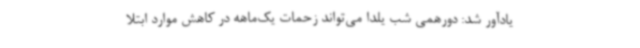
یادآور شد: دورهمی شب یلدا می‌تواند زحمات یک‌ماهه در کاهش موارد ابتلا